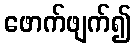
ဖောက်ဖျက်၍